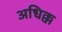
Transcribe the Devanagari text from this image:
अधिक्क